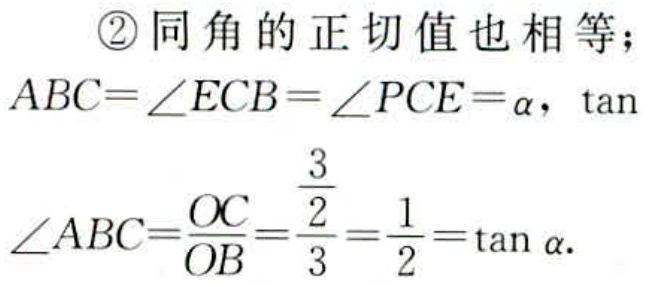
\textcircled{2}同角的正切值也相等；
$ABC = \angle ECB=\angle PCE=\alpha$，$\tan
$\angle ABC=\frac{OC}{OB}=\frac{\frac{3}{2}}{3}=\frac{1}{2}=\tan\alpha$.